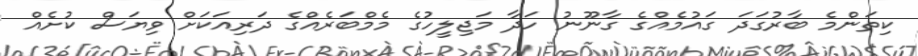
ކިތަންމެ ބާރުގަދަ ގައުމެއްގެ ގާނޫނު ހަދާ މަޖިލީހުގެ މެމްބަރެއްގެ ދަރިއަކަށް ވިޔަސް ކުށެއް